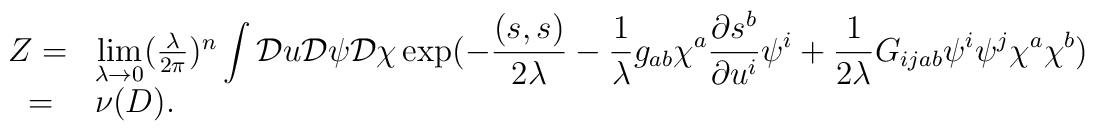
\begin{array}{ll}  Z=&\lim \limits_{\lambda \rightarrow 0}(\frac{\lambda}{2\pi})^n \displaystyle\int {\cal D}u {\cal D}\psi {\cal D} \chi \exp (- \frac{(s, s)}{2\lambda}- \frac{1}{\lambda} g_{ab}\chi ^a \frac{\partial s^b}{\partial{u^i}} \psi^i+ \frac{1}{2\lambda} G_{ijab}\psi^i\psi^j\chi^a\chi^b)\\  ~=&\nu(D).\end{array}